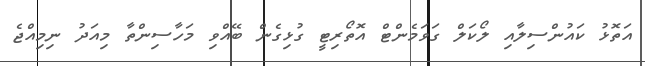
އަތޮޅު ކައުންސިލާއި ލޯކަލް ގަވަމެންޓް އޮތޯރިޓީ ގުޅިގެން ބޭއްވި މަހާސިންތާ މިއަދު ނިމިއްޖެ